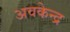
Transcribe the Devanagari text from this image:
अवकेन्द्र